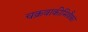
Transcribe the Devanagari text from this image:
चक्रवाकीमिवैकां